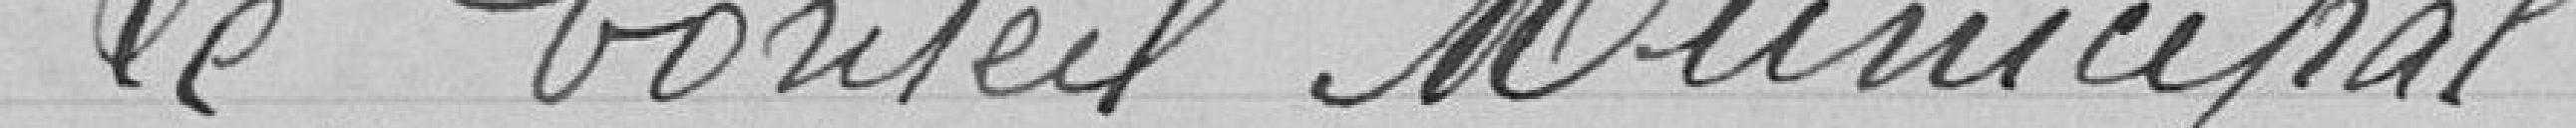
Le Conseil Municipal